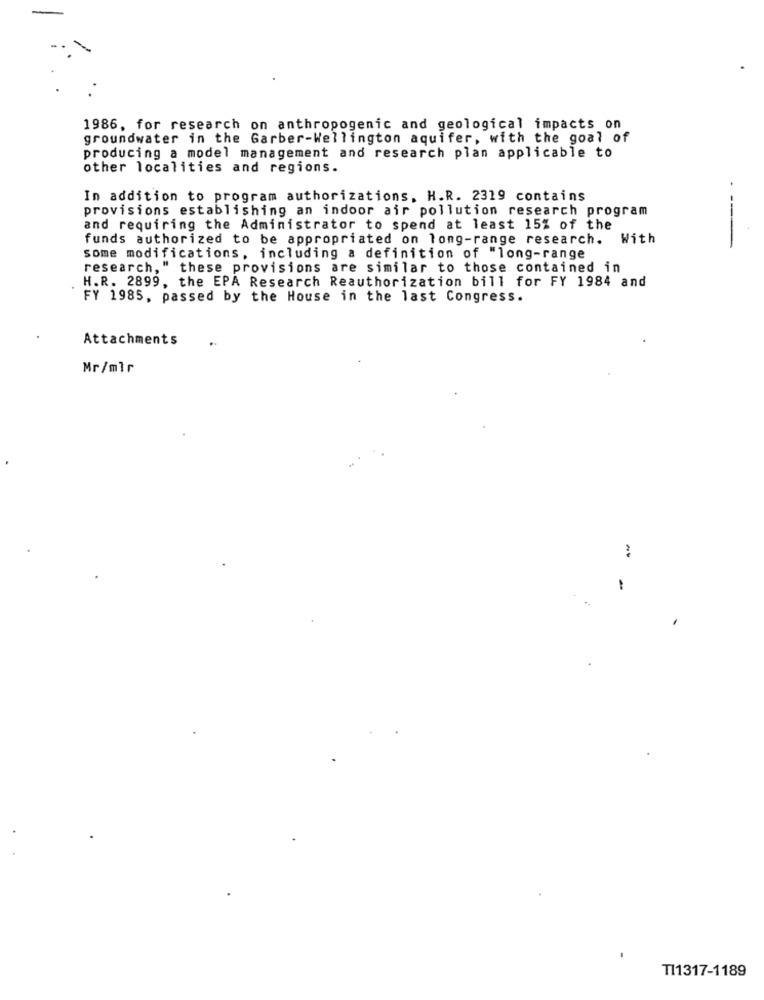
1986, for research on anthropogenic and geological impacts on
groundwater in the Garber-Wellington aquifer, with the goal of
producing a model management and research plan applicable to
other localities and regions.
In addition to program authorizations, H.R. 2319 contains
provisions establishing an indoor air pollution research program
and requiring the Administrator to spend at least 15% of the
funds authorized to be appropriated on long-range research.
With
---
some modifications, including a definition of "long-range
research," these provisions are similar to those contained in
H.R. 2899, the EPA Research Reauthorization bill for FY 1984 and
FY 1985, passed by the House in the last Congress.
Attachments
.
Mr/mlr
TI1317-1189